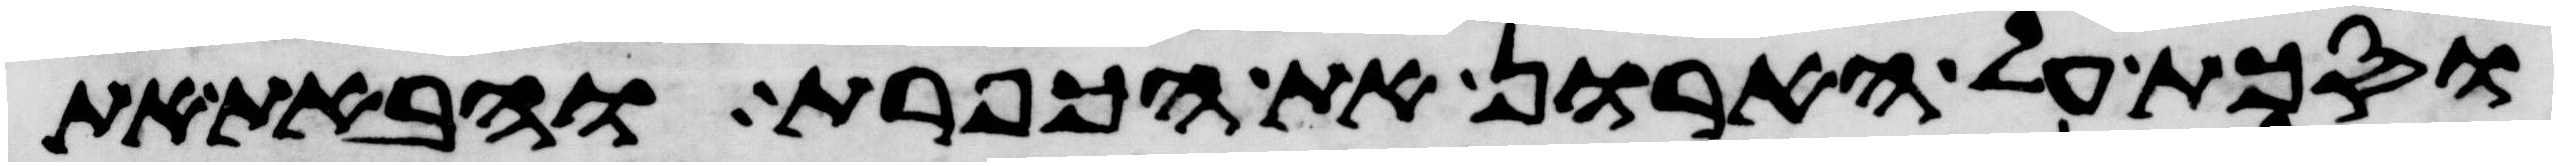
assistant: וסכת על הארון את הכפרת והבאת את